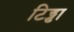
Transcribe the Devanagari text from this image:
टिड्डा